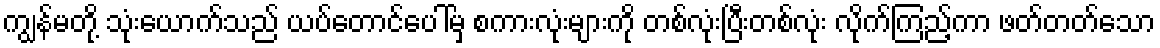
ကျွန်မတို့ သုံးယောက်သည် ယပ်တောင်ပေါ်မှ စကားလုံးများကို တစ်လုံးပြီးတစ်လုံး လိုက်ကြည့်ကာ ဖတ်တတ်သော